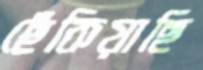
ছেঁকিয়াছি